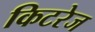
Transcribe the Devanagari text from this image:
किटरेज